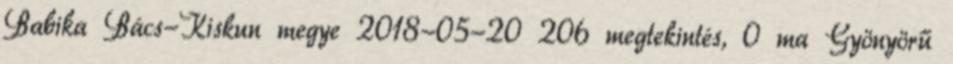
Babika Bács-Kiskun megye 2018-05-20 206 megtekintés, 0 ma Gyönyörű